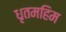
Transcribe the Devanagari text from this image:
धृतमहिम